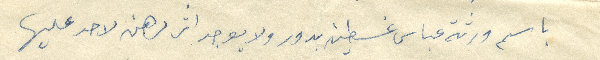
باسم ورثة عباس غسطين بدور ولا يوجد اثر رهن لاحد عليها